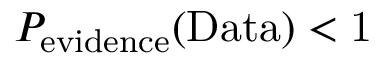
P _ { \mathrm { { e v i d e n c e } } } ( \mathrm { { D a t a } ) < 1 }